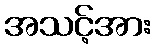
အသင့်အား